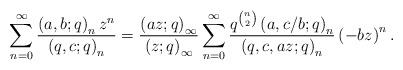
LaTeX: \begin{align*}\sum_{n=0}^{\infty}\frac{\left(a,b;q\right)_{n}z^{n}}{\left(q,c;q\right)_{n}}=\frac{\left(az;q\right)_{\infty}}{\left(z;q\right)_{\infty}}\sum_{n=0}^{\infty}\frac{q^{\binom{n}{2}}\left(a,c/b;q\right)_{n}}{\left(q,c,az;q\right)_{n}}\left(-bz\right)^{n}.\end{align*}